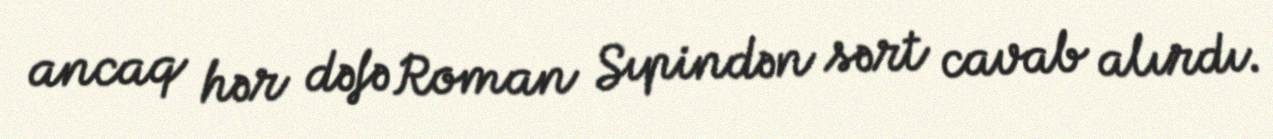
ancaq hər dəfə Roman Sıpindən sərt cavab alırdı.